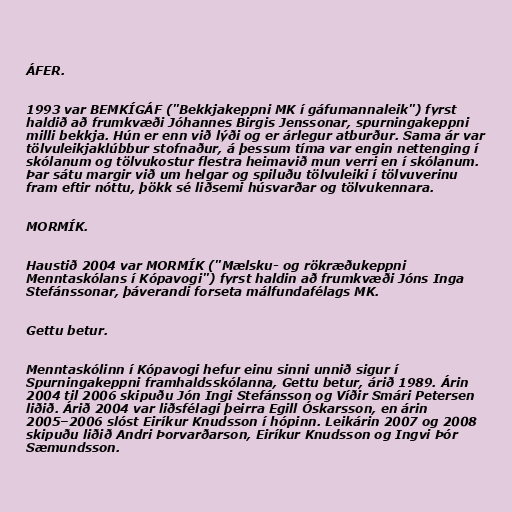
ÁFER.

1993 var BEMKÍGÁF ("Bekkjakeppni MK í gáfumannaleik") fyrst
haldið að frumkvæði Jóhannes Birgis Jenssonar, spurningakeppni
milli bekkja. Hún er enn við lýði og er árlegur atburður. Sama ár var
tölvuleikjaklúbbur stofnaður, á þessum tíma var engin nettenging í
skólanum og tölvukostur flestra heimavið mun verri en í skólanum.
Þar sátu margir við um helgar og spiluðu tölvuleiki í tölvuverinu
fram eftir nóttu, þökk sé liðsemi húsvarðar og tölvukennara.

MORMÍK.

Haustið 2004 var MORMÍK ("Mælsku- og rökræðukeppni
Menntaskólans í Kópavogi") fyrst haldin að frumkvæði Jóns Inga
Stefánssonar, þáverandi forseta málfundafélags MK.

Gettu betur.

Menntaskólinn í Kópavogi hefur einu sinni unnið sigur í
Spurningakeppni framhaldsskólanna, Gettu betur, árið 1989. Árin
2004 til 2006 skipuðu Jón Ingi Stefánsson og Víðir Smári Petersen
liðið. Árið 2004 var liðsfélagi þeirra Egill Óskarsson, en árin
2005–2006 slóst Eiríkur Knudsson í hópinn. Leikárin 2007 og 2008
skipuðu liðið Andri Þorvarðarson, Eiríkur Knudsson og Ingvi Þór
Sæmundsson.